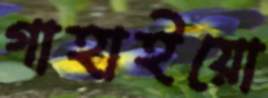
গাহাইয়ো